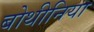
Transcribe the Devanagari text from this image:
बोथीनिया